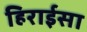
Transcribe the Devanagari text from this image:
हिराईसा